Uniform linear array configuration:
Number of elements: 8
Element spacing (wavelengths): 1
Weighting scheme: hann
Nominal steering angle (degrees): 30
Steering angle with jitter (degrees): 31.934
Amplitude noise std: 0.05
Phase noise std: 0.05

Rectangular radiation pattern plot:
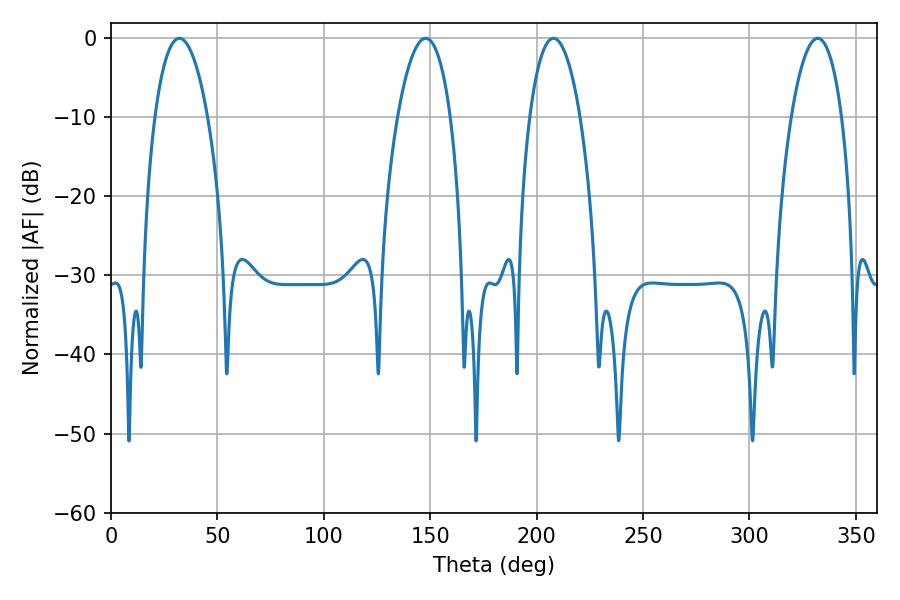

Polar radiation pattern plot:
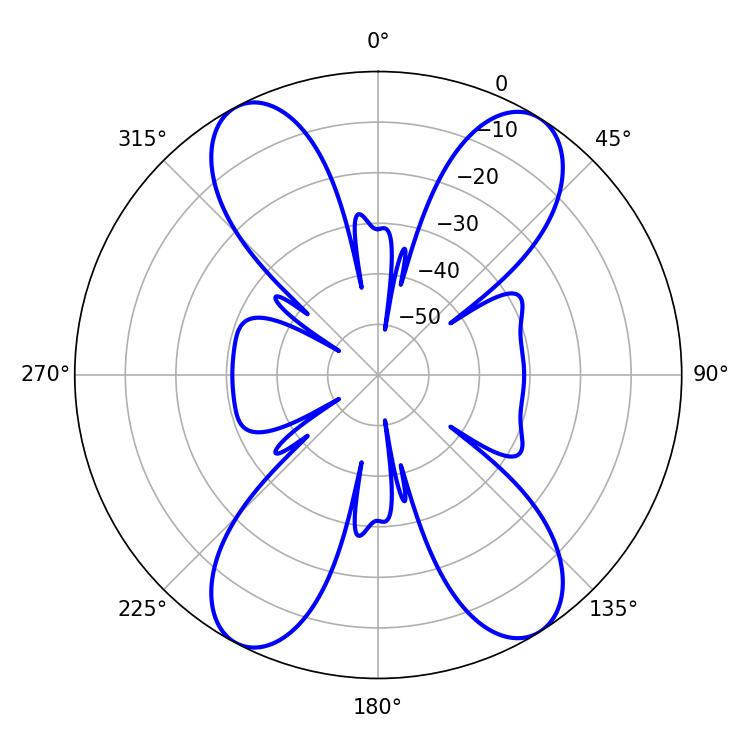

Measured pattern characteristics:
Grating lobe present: TRUE
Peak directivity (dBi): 16.538
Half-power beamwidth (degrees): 13.32
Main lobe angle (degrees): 207.9